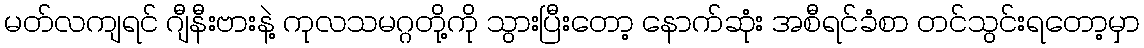
မတ်လကျရင် ဂျီနီးဗားနဲ့ ကုလသမဂ္ဂတို့ကို သွားပြီးတော့ နောက်ဆုံး အစီရင်ခံစာ တင်သွင်းရတော့မှာ